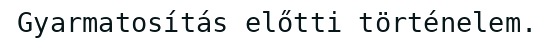
Gyarmatosítás előtti történelem.